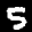
Label: 5